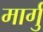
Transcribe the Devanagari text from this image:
मार्गु